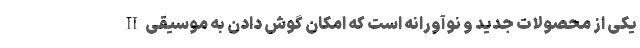
II یکی از محصولات جدید و نوآورانه است که امکان گوش دادن به موسیقی